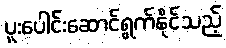
ပူးပေါင်းဆောင်ရွက်နိုင်သည့်